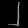
Digit: ၂